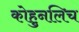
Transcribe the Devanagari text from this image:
कोहुनलिच